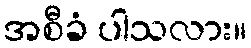
အစီခံ ပါသလား။